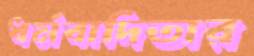
ধর্মবাদিতার